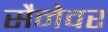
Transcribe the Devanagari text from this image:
सैनेवर